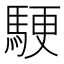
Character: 𬳬